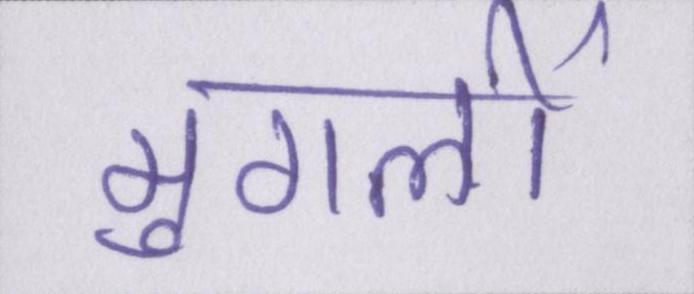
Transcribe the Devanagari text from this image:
मुगलों